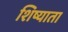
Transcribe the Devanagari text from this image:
शिष्याता